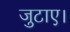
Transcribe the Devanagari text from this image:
जुटाए।